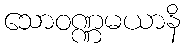
သောဝဏ္ဏမယာနိ